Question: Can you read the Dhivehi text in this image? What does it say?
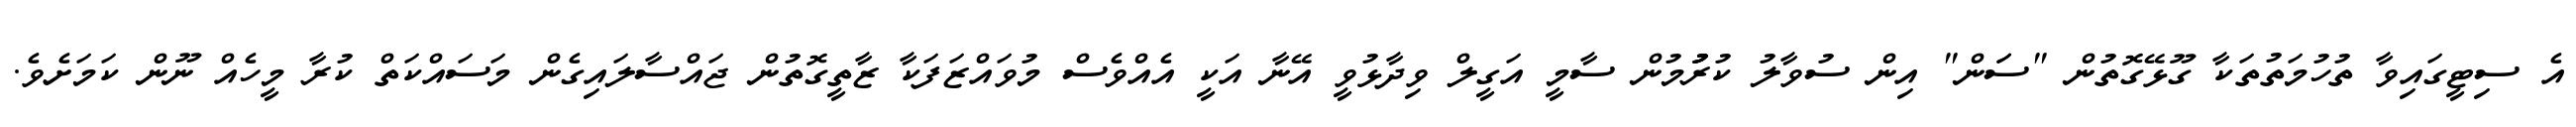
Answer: އެ ސިޓީގައިވާ ތުހުމަތުތަކާ ގޫޅޭގޮތުން "ސަަން" އިން ސުވާލު ކުރުުުމުން ސާމީ އަގީލް ވިދާޅުވީ އޭނާ އަކީ އެއްވެސް މުވައްޒަފަކާ ޒާތީގޮތުން ޖައްސާލައިގެން މަސައްކަތް ކުރާ މީހެއް ނޫން ކަމަށެވެ.